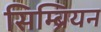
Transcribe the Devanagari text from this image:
सिम्ब्रियन